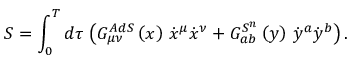
S = \int _ { 0 } ^ { T } d \tau \, \left( G _ { \mu \nu } ^ { A d S } \left( x \right) \, \dot { x } ^ { \mu } \dot { x } ^ { \nu } + G _ { a b } ^ { S ^ { n } } \left( y \right) \, \dot { y } ^ { a } \dot { y } ^ { b } \right) .